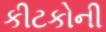
કીટકોની